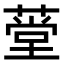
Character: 𬝾